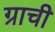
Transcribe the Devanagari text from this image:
ग्राची